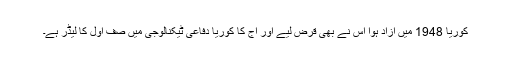
کوریا 1948 میں آزاد ہوا اس نے بھی قرض لیے اور آج کا کوریا دفاعی ٹیکنالوجی میں صف اول کا لیڈر ہے۔